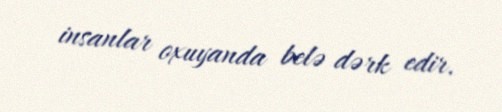
insanlar oxuyanda belə dərk edir.